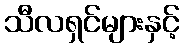
သီလရှင်များနှင့်